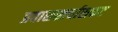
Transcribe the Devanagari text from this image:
प्रवासखर्चासकट